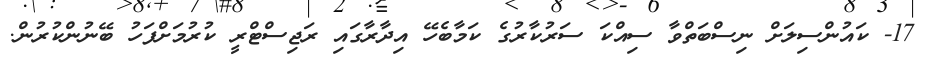
17- ކައުންސިލަށް ނިސްބަތްވާ ސިއްކަ ސަރުކާރުގެ ކަމާބެހޭ އިދާރާގައި ރަޖިސްޓްރީ ކުރުމަށްފަހު ބޭނުންކުރުން.